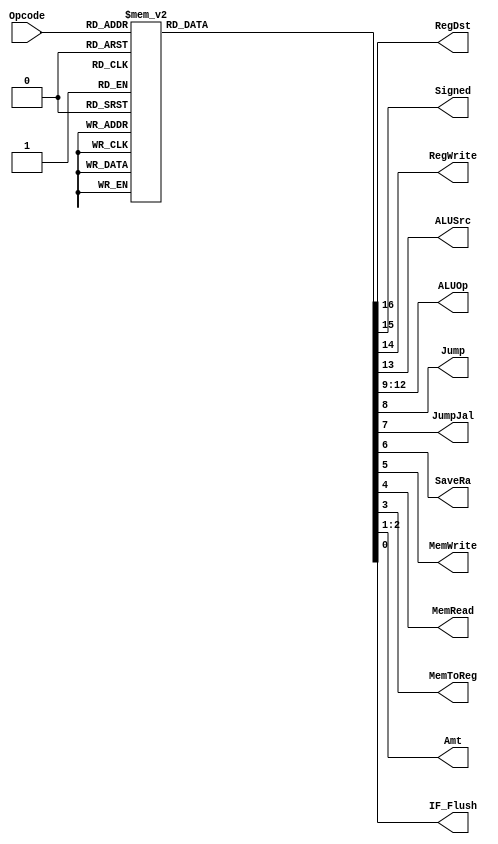
`timescale 1ns / 1ps
//////////////////////////////////////////////////////////////////////////////////
// ECE369 - Computer Architecture
// Name: Andrew Camps
// Module Name: Controller
//////////////////////////////////////////////////////////////////////////////////


module Controller(Opcode, RegDst, Signed, RegWrite, ALUSrc, ALUOp, Jump, JumpJal, SaveRa, MemWrite, MemRead, MemToReg, Amt, IF_Flush);
    input [5:0] Opcode;
    output reg RegDst, Signed, RegWrite, ALUSrc, Jump, JumpJal, SaveRa, MemWrite, MemRead, MemToReg, IF_Flush;
    output reg [3:0] ALUOp;
    output reg [1:0] Amt;
    
    reg [16:0] returnBits;
    
    localparam ArithR = 0, Bltz = 1, J = 2, Jal = 3, Beq = 4, Bne = 5, Blez = 6, Bgtz = 7, Addi = 8, Addiu = 9, Xori = 14, Andi = 12, Ori = 13, Slti = 10, Sltiu = 11, Mul = 28, 
    MSubAdd = 28, SehSeb = 31, Lw = 35, Sw = 43, Sb = 40, Sh = 41, Lh = 33, Lb = 32, Lui = 15;
    
    initial begin
        RegDst <= 0;
        Signed <= 0;
        RegWrite <= 0;
        ALUSrc <= 0;
        ALUOp <= 0;
        Jump <= 0;
        JumpJal <= 0;
        SaveRa <= 0;
        MemWrite <= 0;
        MemRead <= 0;
        MemToReg <= 0;
        Amt <= 0;
        IF_Flush <= 0;
    end
    
    always @(*) begin
    
        RegDst <= 0;
        Signed <= 0;
        RegWrite <= 0;
        ALUSrc <= 0;
        ALUOp <= 0;
        Jump <= 0;
        JumpJal <= 0;
        SaveRa <= 0;
        MemWrite <= 0;
        MemRead <= 0;
        MemToReg <= 0;
        Amt <= 0;
        IF_Flush <= 0;
        
        case (Opcode)
            ArithR:     returnBits <= 'b11100000000000000;
            Addi:       returnBits <= 'b01110001000000000;              
            Addiu:      returnBits <= 'b01110001000000000; 
            Andi:       returnBits <= 'b00110010000000000;
            Slti:       returnBits <= 'b01110101000000000;
            Sltiu:      returnBits <= 'b00110101000000000;
            Ori:        returnBits <= 'b00110011000000000;
            Xori:       returnBits <= 'b00110100000000000;
            Mul:        returnBits <= 'b11100110000000000;
            SehSeb:     returnBits <= 'b11100000000000000;
            J:          returnBits <= 'b00000000100000001;
            Jal:        returnBits <= 'b10101111111000001;       
            Lw:         returnBits <= 'b01111000000011000;
            Lb:         returnBits <= 'b01111000000011010;
            Lh:         returnBits <= 'b01111000000011100;
            Sw:         returnBits <= 'b01011000000100000;
            Sb:         returnBits <= 'b01011000000100010;
            Sh:         returnBits <= 'b01011000000100100;
            Lui:        returnBits <= 'b01111001000000000;
            Bne:        returnBits <= 'b01001111000000000;
            Beq:        returnBits <= 'b01001111000000000;
            Bltz:       returnBits <= 'b01001111000000000;
            Bgtz:       returnBits <= 'b01001111000000000;
            Blez:       returnBits <= 'b01001111000000000;
            default:    returnBits <= 'b00000000000000000;
                
        endcase
        
        RegDst <= returnBits[16];
        Signed <= returnBits[15];
        RegWrite <= returnBits[14];
        ALUSrc <= returnBits[13];
        ALUOp <= returnBits[12:9];
        Jump <= returnBits[8];
        JumpJal <= returnBits[7];
        SaveRa <= returnBits[6];
        MemWrite <= returnBits[5];
        MemRead <= returnBits[4];
        MemToReg <= returnBits[3];
        Amt <= returnBits[2:1];
        IF_Flush <= returnBits[0];

    end
        
    

endmodule